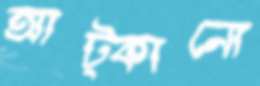
আট্‌কানো